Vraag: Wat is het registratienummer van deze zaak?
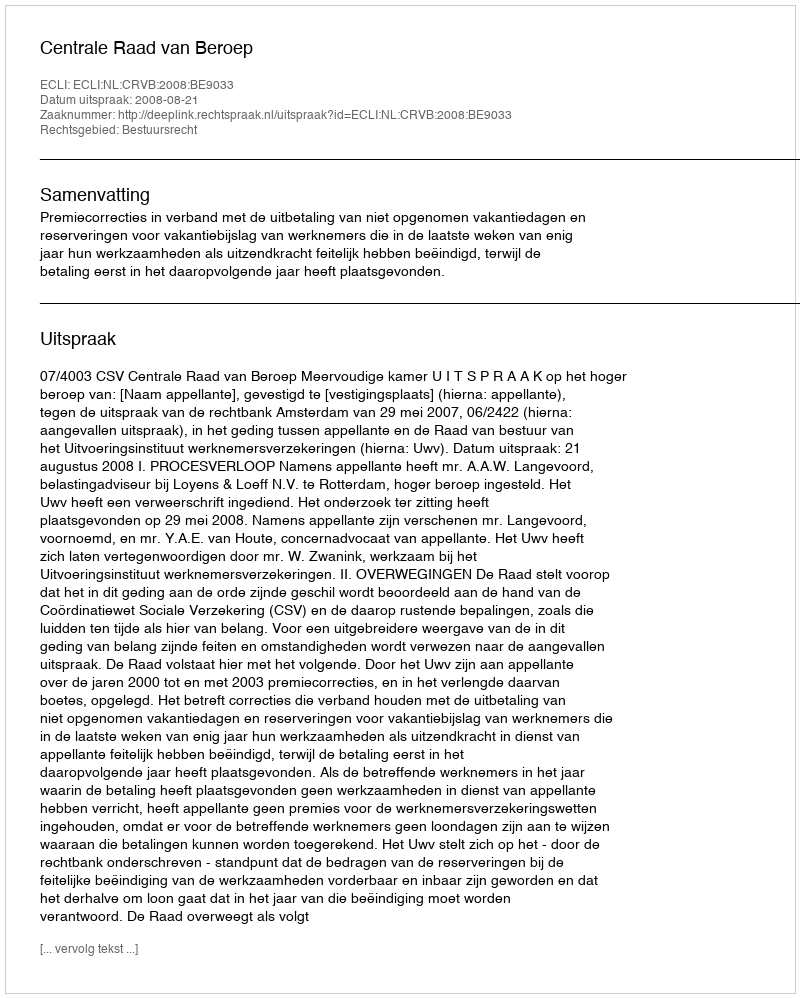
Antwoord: http://deeplink.rechtspraak.nl/uitspraak?id=ECLI:NL:CRVB:2008:BE9033